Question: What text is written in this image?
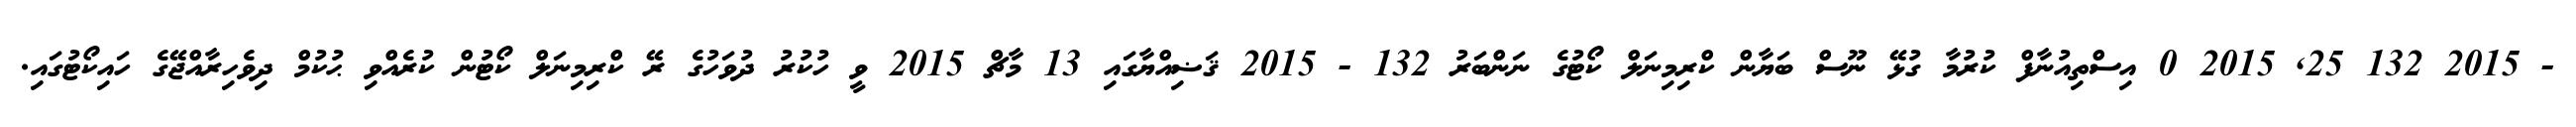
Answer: - 2015 132 25, 2015 0 އިސްތިއުނާފް ކުރުމާ ގުޅޭ ނޫސް ބަޔާން ކްރިމިނަލް ކޯޓުގެ ނަންބަރު 132 - 2015 ޤަޟިއްޔާގައި 13 މާޗް 2015 ވީ ހުކުރު ދުވަހުގެ ރޭ ކްރިމިނަލް ކޯޓުން ކުރެއްވި ޙުކުމް ދިވެހިރާއްޖޭގެ ހައިކޯޓުގައި.